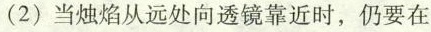
(2)当烛焰从远处向透镜靠近时，仍要在